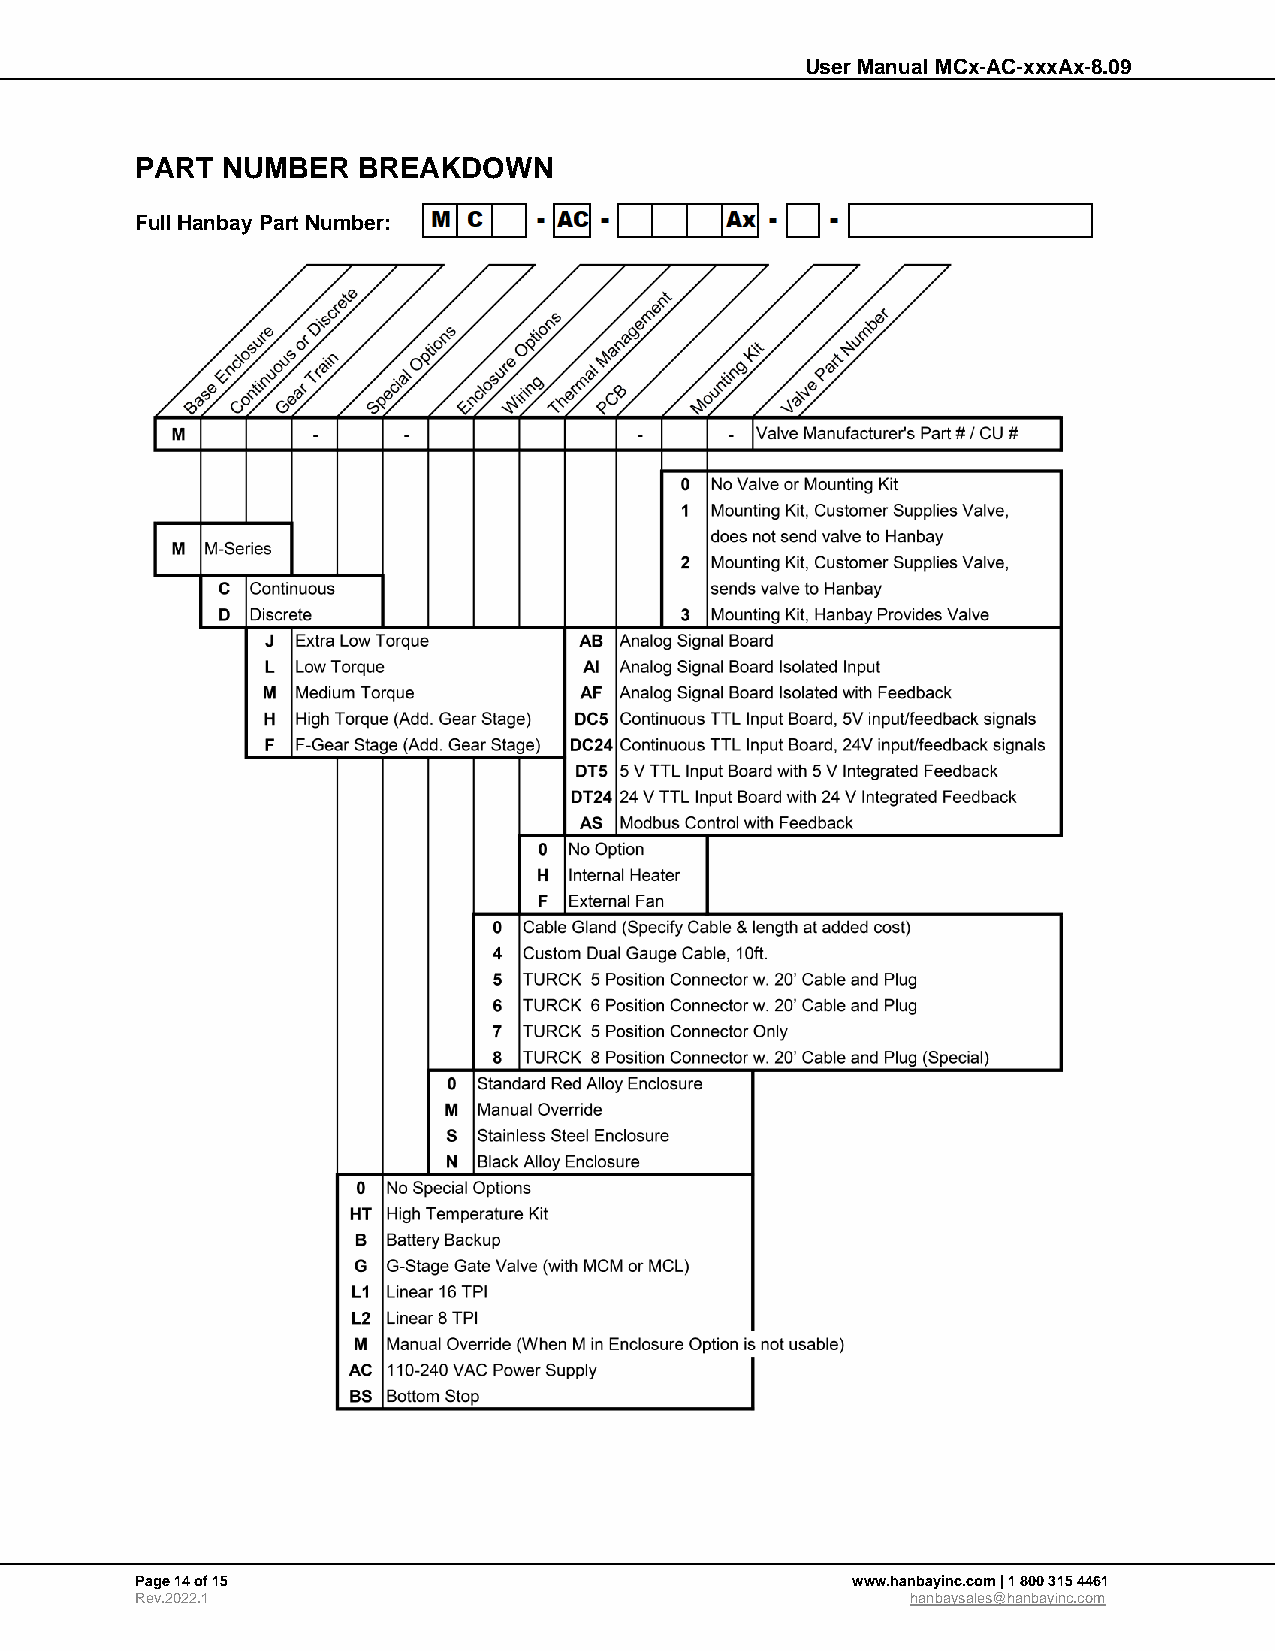
User Manual MCx-AC-xxxAx-8.09
 PART  NUMBER   BREAKDOWN
 Full Hanbay Part Number:
 Page 14 of 15                                  www.hanbayinc.com | 1 800 315 4461
 Rev.2022.1                                         hanbaysales@hanbayinc.com